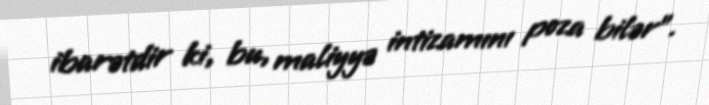
ibarətdir ki, bu, maliyyə intizamını poza bilər".